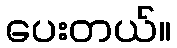
ပေးတယ်။